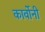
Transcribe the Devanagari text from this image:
कार्वोनी